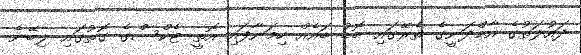
ދައުލަތުގެ އާމްދަނީގެ ތެރޭގައި ބޮޑު ބައެއް ހިމަނާފައި އޮތީ ޓެކްސްގެ ގޮތުގައި ލިބޭނެ